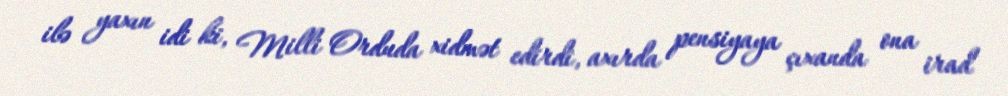
ilə yaxın idi ki, Milli Orduda xidmət edirdi, axırda pensiyaya çıxanda ona irad